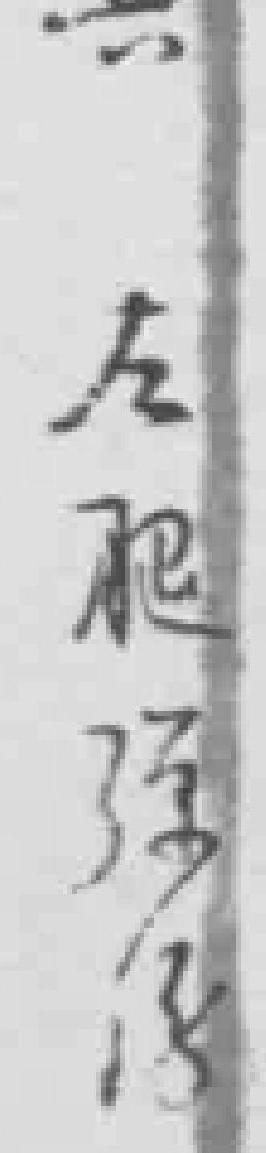
左腿弹傷